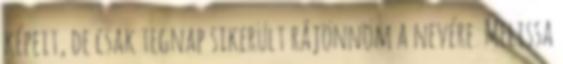
képeit, de csak tegnap sikerült rájönnöm a nevére. Melissa